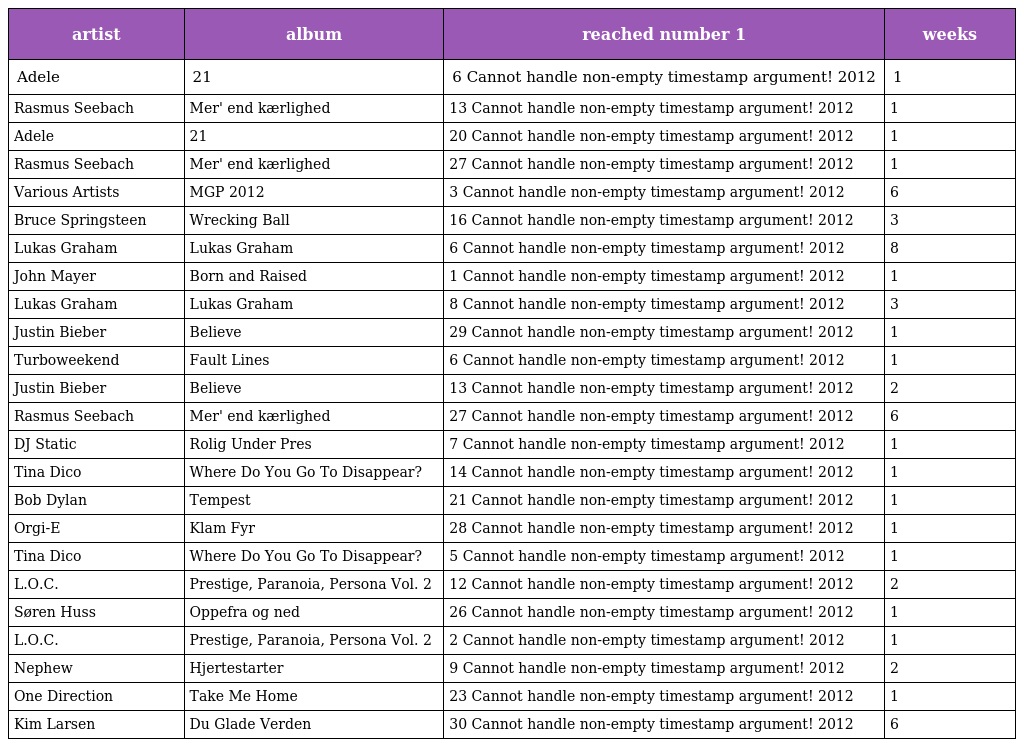
| artist | album | reached number 1 | weeks |
 | --- | --- | --- | --- |
 | Adele | 21 | 6 Cannot handle non-empty timestamp argument! 2012 | 1 |
 | Rasmus Seebach | Mer' end kærlighed | 13 Cannot handle non-empty timestamp argument! 2012 | 1 |
 | Adele | 21 | 20 Cannot handle non-empty timestamp argument! 2012 | 1 |
 | Rasmus Seebach | Mer' end kærlighed | 27 Cannot handle non-empty timestamp argument! 2012 | 1 |
 | Various Artists | MGP 2012 | 3 Cannot handle non-empty timestamp argument! 2012 | 6 |
 | Bruce Springsteen | Wrecking Ball | 16 Cannot handle non-empty timestamp argument! 2012 | 3 |
 | Lukas Graham | Lukas Graham | 6 Cannot handle non-empty timestamp argument! 2012 | 8 |
 | John Mayer | Born and Raised | 1 Cannot handle non-empty timestamp argument! 2012 | 1 |
 | Lukas Graham | Lukas Graham | 8 Cannot handle non-empty timestamp argument! 2012 | 3 |
 | Justin Bieber | Believe | 29 Cannot handle non-empty timestamp argument! 2012 | 1 |
 | Turboweekend | Fault Lines | 6 Cannot handle non-empty timestamp argument! 2012 | 1 |
 | Justin Bieber | Believe | 13 Cannot handle non-empty timestamp argument! 2012 | 2 |
 | Rasmus Seebach | Mer' end kærlighed | 27 Cannot handle non-empty timestamp argument! 2012 | 6 |
 | DJ Static | Rolig Under Pres | 7 Cannot handle non-empty timestamp argument! 2012 | 1 |
 | Tina Dico | Where Do You Go To Disappear? | 14 Cannot handle non-empty timestamp argument! 2012 | 1 |
 | Bob Dylan | Tempest | 21 Cannot handle non-empty timestamp argument! 2012 | 1 |
 | Orgi-E | Klam Fyr | 28 Cannot handle non-empty timestamp argument! 2012 | 1 |
 | Tina Dico | Where Do You Go To Disappear? | 5 Cannot handle non-empty timestamp argument! 2012 | 1 |
 | L.O.C. | Prestige, Paranoia, Persona Vol. 2 | 12 Cannot handle non-empty timestamp argument! 2012 | 2 |
 | Søren Huss | Oppefra og ned | 26 Cannot handle non-empty timestamp argument! 2012 | 1 |
 | L.O.C. | Prestige, Paranoia, Persona Vol. 2 | 2 Cannot handle non-empty timestamp argument! 2012 | 1 |
 | Nephew | Hjertestarter | 9 Cannot handle non-empty timestamp argument! 2012 | 2 |
 | One Direction | Take Me Home | 23 Cannot handle non-empty timestamp argument! 2012 | 1 |
 | Kim Larsen | Du Glade Verden | 30 Cannot handle non-empty timestamp argument! 2012 | 6 |